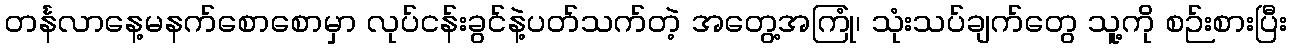
တင်္နလာနေ့မနက်စောစောမှာ လုပ်ငန်းခွင်နဲ့ပတ်သက်တဲ့ အတွေ့အကြုံ၊ သုံးသပ်ချက်တွေ သူ့ကို စဉ်းစားပြီး